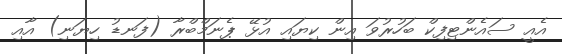
އެއީ ސައެންޓިފިކް ބަހުރުވަ އިން ކިޔައި އުޅޭ ޕެނަމްބްރާ (ފަނޑު ހިޔަނި) އާއި